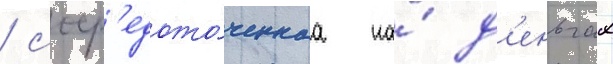
/ соср'едото́ченнаа на́ д'еньгах